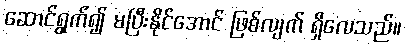
ဆောင်ရွက်၍ မပြီးနိုင်အောင် ဖြစ်လျက် ရှိလေသည်။